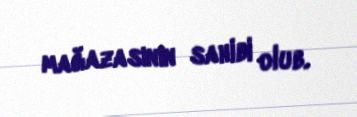
mağazasının sahibi olub.